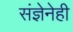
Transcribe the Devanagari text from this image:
संज्ञेनेही